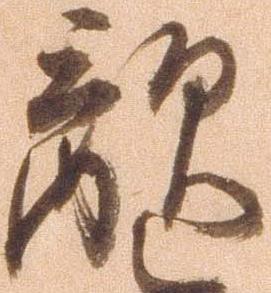
敵